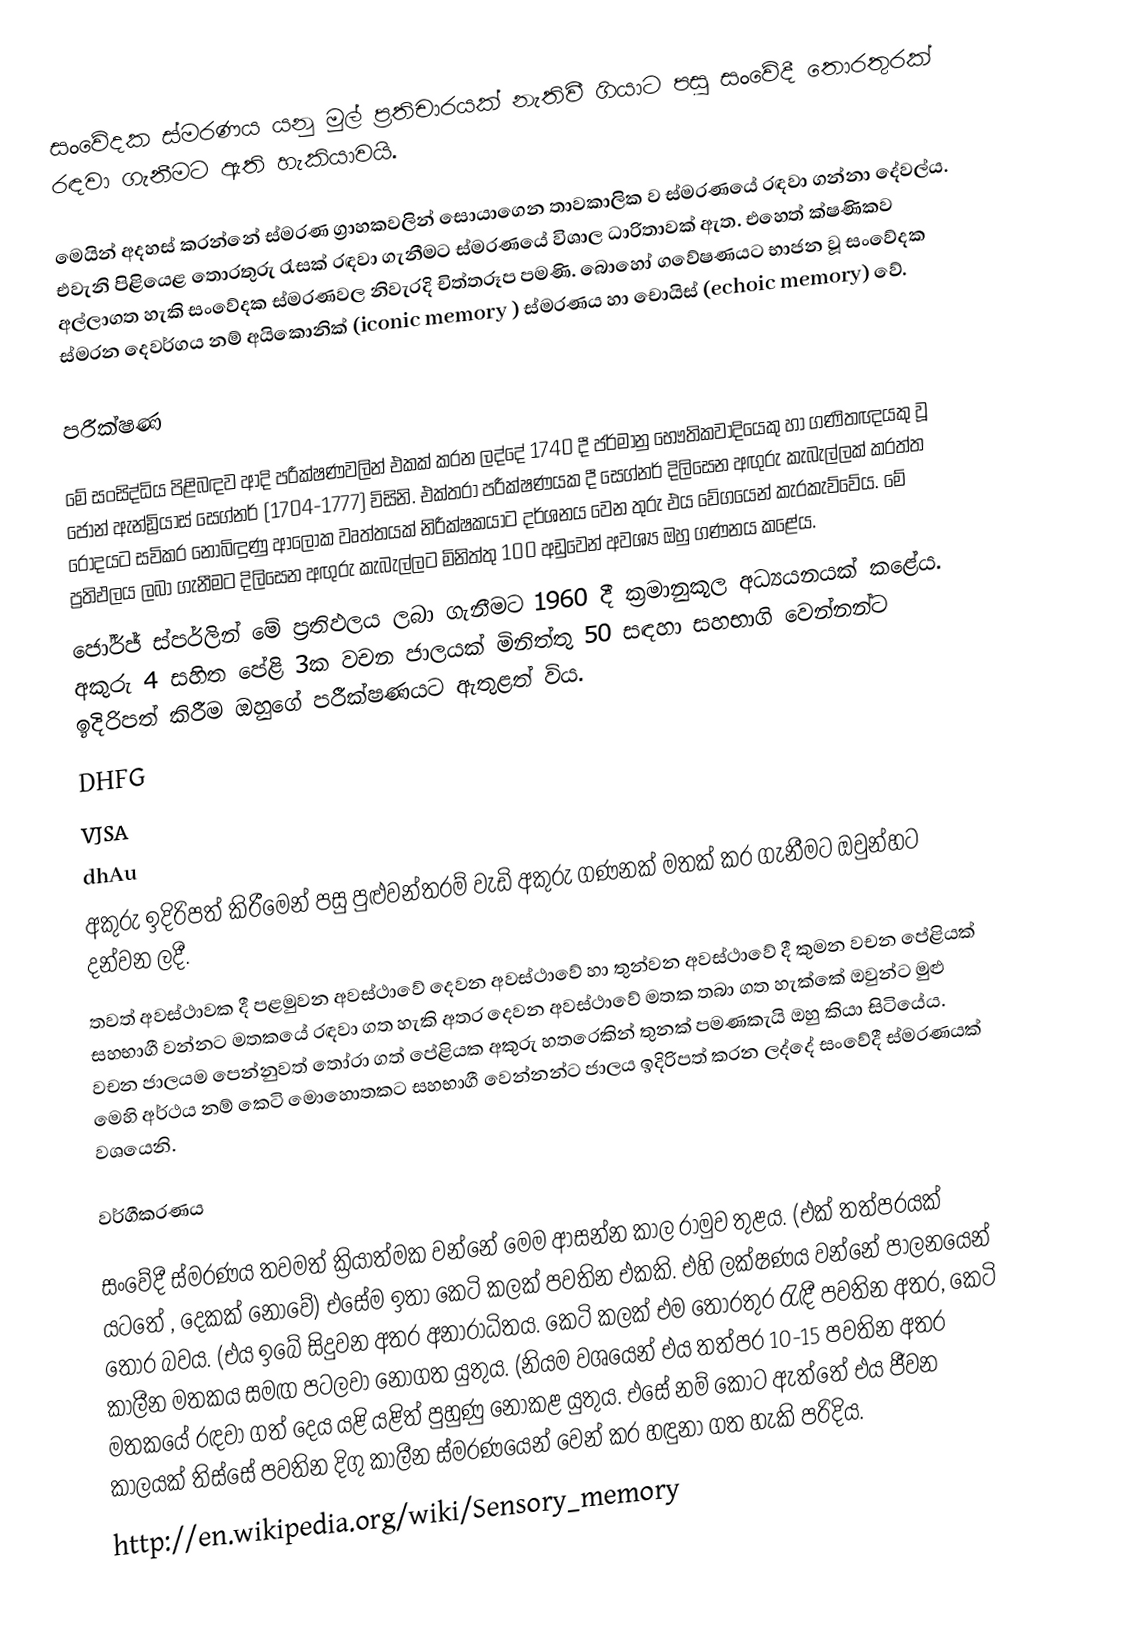
සංවේදක ස්මරණය යනු මුල් ප්‍රතිචාරයක් නැතිවී ගියාට පසු සංවේදී තොරතුරක් රඳවා ගැනීමට ඇති හැකියාවයි.

මෙයින් අදහස් කරන්නේ ස්මරණ ග්‍රාහකවලින් සොයාගෙන තාවකාලික ව ස්මරණයේ රඳවා ගන්නා දේවල්ය. එවැනි පිළියෙළ තොරතුරු රැසක් රඳවා ගැනීමට ස්මරණයේ විශාල ධාරිතාවක් ඇත. එහෙත් ක්ෂණිකව අල්ලාගත හැකි සංවේදක ස්මරණවල නිවැරදි චිත්තරූප පමණි. බොහෝ ගවේෂණයට භාජන වූ සංවේදක ස්මරන දෙවර්ගය නම් අයිකොනික් (iconic memory ) ස්මරණය හා චොයිස් (echoic memory) වේ.

පරීක්ෂණ

මේ සංසිද්ධිය පිළිබඳව ආදි පරීක්ෂණවලින් එකක් කරන ලද්දේ 1740 දී ජර්මානු භෞතිකවාදියෙකු හා ගණිතඥයකු වූ ජෝන් ඇන්ඩ්‍රියාස් සෙග්නර් (1704-1777) විසිනි. එක්තරා පරීක්ෂණයක දී සෙග්නර් දිලිසෙන අඟුරු කැබැල්ලක් කරත්ත රෝදයට සවිකර නොබිඳුණු ආලෝක වෘත්තයක් නිරීක්ෂකයාට දර්ශනය වෙන තුරු එය වේගයෙන් කැරකැව්වේය. මේ ප්‍රතිඵලය ලබා ගැනීමට දිලිසෙන අඟුරු කැබැල්ලට මිනිත්තු 100 අඩුවෙන් අවශ්‍ය ඔහු ගණනය කළේය.
ජෝර්ජ් ස්පර්ලින් මේ ප්‍රතිඵලය ලබා ගැනීමට 1960 දී ක්‍රමානුකූල අධ්‍යයනයක් කළේය. අකුරු 4 සහිත පේළි 3ක වචන ජාලයක් මිනිත්තු 50 සඳහා සහභාගි වෙන්නන්ට ඉදිරිපත් කිරීම ඔහුගේ පරීක්ෂණයට ඇතුළත් විය.
DHFG
VJSA
dhAu
අකුරු ඉදිරිපත් කිරීමෙන් පසු පුළුවන්තරම් වැඩි අකුරු ගණනක් මතක් කර ගැනීමට ඔවුන්හට දන්වන ලදී.
තවත් අවස්ථාවක දී පළමුවන අවස්ථාවේ දෙවන අවස්ථාවේ හා තුන්වන අවස්ථාවේ දී කුමන වචන පේළියක් සහභාගී වන්නට මතකයේ රඳවා ගත හැකි අතර දෙවන අවස්ථාවේ මතක තබා ගත හැක්කේ ඔවුන්ට මුළු වචන ජාලයම පෙන්නුවත් තෝ‍රා ගත් පේළියක අකුරු හතරෙකින් තුනක් පමණකැයි ඔහු කියා සිටියේය. මෙහි අර්ථය නම් කෙටි මොහොතකට සහභාගී වෙන්නන්ට ජාලය ඉදිරිපත් කරන ලද්දේ සංවේදී ස්මරණයක් වශයෙනි.

වර්ගීකරණය

සංවේදී ස්මරණය තවමත් ක්‍රියාත්මක වන්නේ මෙම ආසන්න කාල රාමුව තුළය. (එක් තත්පරයක් ය‍ටතේ , දෙකක් නොවේ) එසේම ඉතා කෙටි කලක් පවතින එකකි. එහි ලක්ෂණය වන්නේ පාලනයෙන් තොර බවය. (එය ඉබේ සිදුවන අතර අනාරාධිතය. කෙටි කලක් එම තොරතුර රැඳී පවතින අතර, කෙටි කාලීන මතකය සමඟ පටලවා නොගත යුතුය. (නියම වශයෙන් එය තත්පර 10-15 පවතින අතර මතකයේ රඳවා ගත් දෙය යළි යළිත් පුහුණු නොකළ යුතුය. එසේ නම් කොට ඇත්තේ එය ජීවන කාලයක් තිස්සේ පවතින දිගු කාලීන ස්මරණයෙන් වෙන් කර හඳුනා ගත හැකි පරිදිය.
http://en.wikipedia.org/wiki/Sensory_memory